Madras plague regulations in force outside the Presidency town - Volume 2
Disease focus: Plague
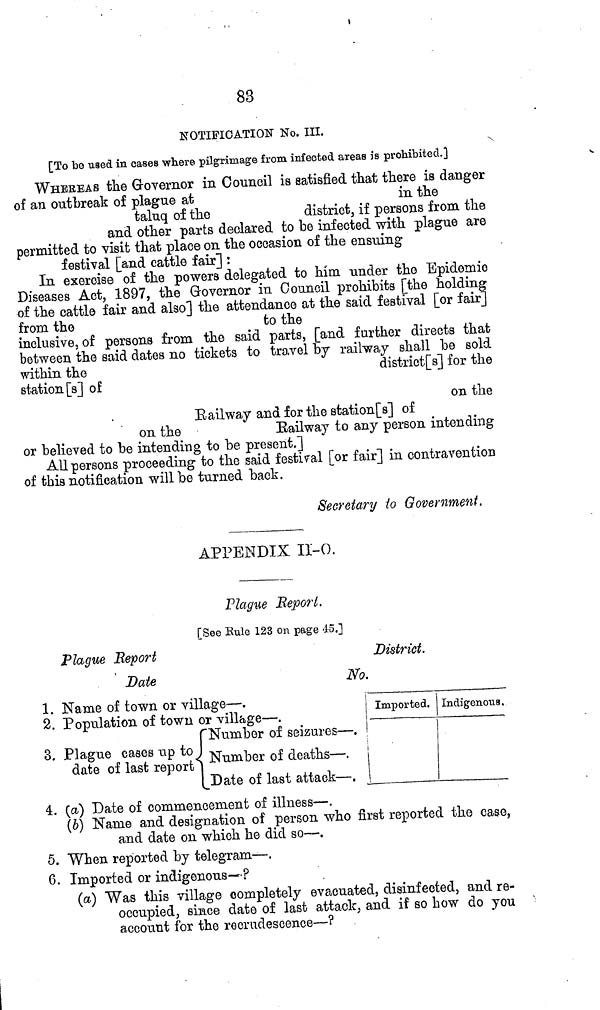
83
NOTIFICATION No. III.
[To be used in cases where pilgrimage from infected areas is prohibited.]
WHEREAS the Governor in Council is satisfied that there is danger
of an outbreak of plague at
in the
taluq of the
district, if persons from the
and other parts declared to be infected with plague are
permitted to visit that place on the occasion of the ensuing
festival [and cattle fair] :
In exercise of the powers delegated to him under the Epidemic
Diseases Act, 1897, the Governor in Council prohibits [the holding
of the cattle fair and also] the attendance at the said festival [or fair]
from the
to the
inclusive, of persons from the said parts, [and further directs that
between the said dates no tickets to travel by railway shall be sold
within the
district[s] for the
station [s] of
on the
Railway and for the station[s] of
on the
Railway to any person intending
or believed to be intending to be present.]
All persons proceeding to the said festival [or fair] in contravention
of this notification will be turned back.
Secretary to Government.
APPENDIX 11-0.
Plague Report.
[See Rule 123 on page 45.1
Plague Report
Date
District.
No.
1. Name of town or village — .
2. Population of town or village — .
{Number of seizures — .
Number of deaths-.
Date of last attack — .
Imported. Indigenous,
4. (a) Date of commencement of illness—.
(6) Name and designation of person who first reported the case,
and date on which he did so—.
5. When reported by telegram—.
6. Imported or indigenous-—?
(a) Was this village completely evacuated, disinfected, and re-
occupied, since date of last attack, and if so how do you
account for the recrudescence—?